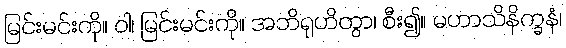
မြင်းမင်းကို။ ဝါ၊ မြင်းမင်းကို။ အဘိရုဟိတွာ၊ စီး၍။ မဟာသိနိက္ခနံ၊